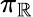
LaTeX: \pi_{\mathbb{R}}